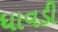
ધાવડી